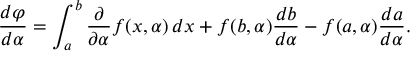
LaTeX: { \frac { d \varphi } { d \alpha } } = \int _ { a } ^ { b } { \frac { \partial } { \partial \alpha } } f ( x , \alpha ) \, d x + f ( b , \alpha ) { \frac { d b } { d \alpha } } - f ( a , \alpha ) { \frac { d a } { d \alpha } } .